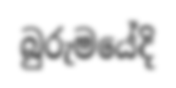
බුරුමයේදි